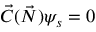
{ \vec { C } } ( { \vec { N } } ) \psi _ { s } = 0